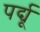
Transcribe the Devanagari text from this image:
पर्द्यू